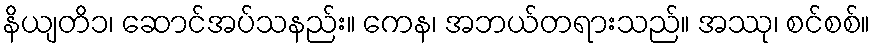
နိယျတိ၁၊ ဆောင်အပ်သနည်း။ ကေန၊ အဘယ်တရားသည်။ အဿု၊ စင်စစ်။